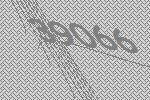
39066